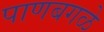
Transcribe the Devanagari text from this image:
पाणबगळे